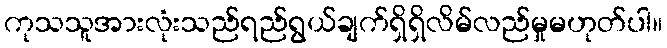
ကုသသူအားလုံးသည်ရည်ရွယ်ချက်ရှိရှိလိမ်လည်မှုမဟုတ်ပါ။